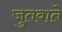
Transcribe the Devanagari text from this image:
जुतवाते